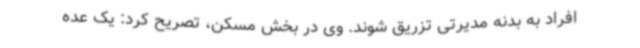
افراد به بدنه مدیرتی تزریق شوند. وی در بخش مسکن، تصریح کرد: یک عده